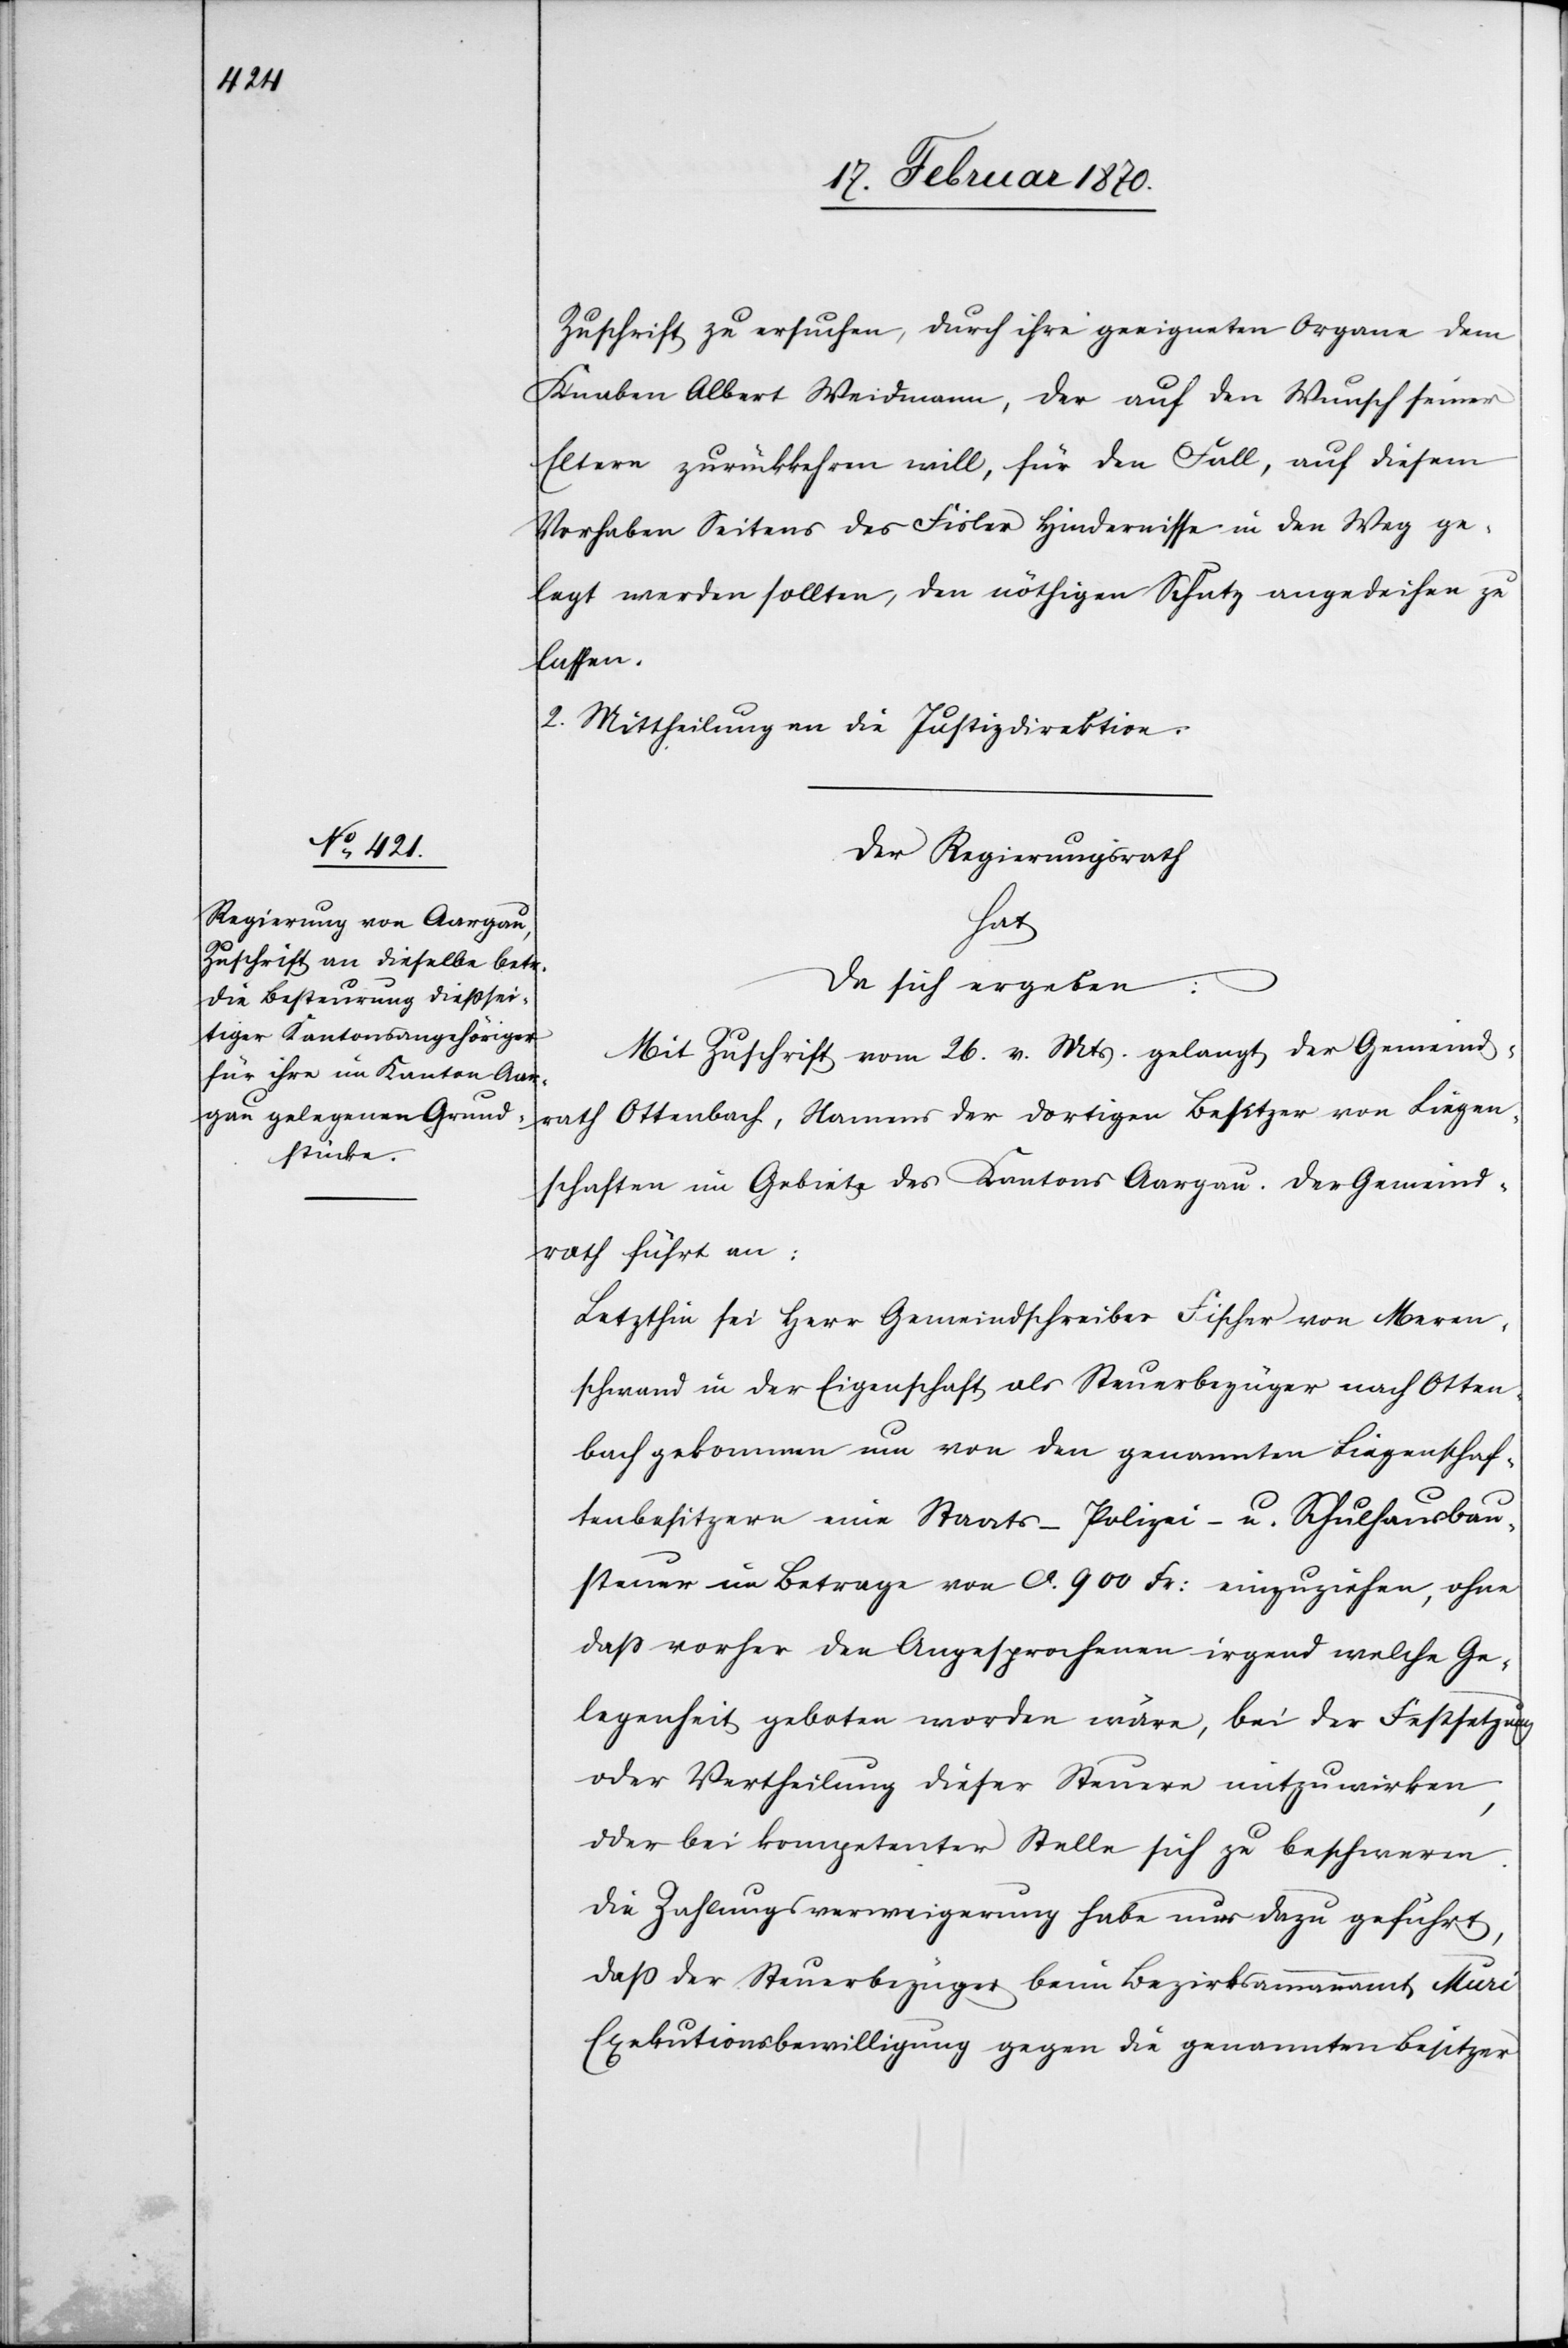
Zuschrift zu ersuchen, durch ihre geeigneten Organe dem
Knaben Albert Weidmann, der auf den Wunsch seiner
Eltern zurückkehren will, für den Fall, auf diesem
Vorhaben Seitens des Fisler Hindernisse in den Weg ge¬
legt werden sollten, den nöthigen Schutz angedeihen zu
lassen.
2. Mittheilung an die Justizdirektion.
Der Regierungsrath
hat
da sich ergeben:
Mit Zuschrift vom 26. v. Mts. gelangt der Gemeind¬
rath Ottenbach, Namens der dortigen Besitzer von Liegen¬
schaften im Gebiet des Kantons Aargau. Der Gemeind¬
rath führt an:
Letzthin sei Herr Gemeindschreiber Fischer von Meren¬
schwand in der Eigenschaft als Steuerbezüger nach Otten¬
bach gekommen um von den genannten Liegenschaf¬
tenbesitzern eine Staats-[,] Polizei- u. Schulhausbau¬
steuer im Betrage von ca. 900 Fr: einzuziehen, ohne
daß vorher den Angesprochenen irgend welche Ge¬
legenheit geboten worden wäre, bei der Festsetzung
oder Vertheilung dieser Steuern mitzuwirken,
oder bei kompetenter Stelle sich zu beschweren.
Die Zahlungsverweigerung habe nur dazu geführt,
dass der Steuerbezüger beim Bezirksammannamt Muri
Exekutionsbewilligung gegen die genannten Besitzer